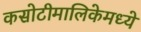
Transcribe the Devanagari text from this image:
कसोटीमालिकेमध्ये